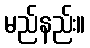
မည်နည်း။